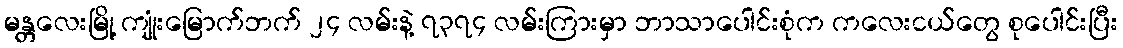
မန္တလေးမြို့ ကျုံးမြောက်ဘက် ၂၄ လမ်းနဲ့ ၇၃၇၄ လမ်းကြားမှာ ဘာသာပေါင်းစုံက ကလေးငယ်တွေ စုပေါင်းပြီး